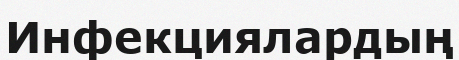
Инфекциялардың